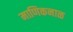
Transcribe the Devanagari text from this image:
माणिकनाळ